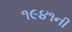
૧૯૪૧ની